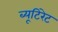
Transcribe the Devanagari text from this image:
ब्यूटिरेट